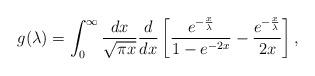
LaTeX: \begin{align*}g(\lambda)=\int_0^{\infty} \frac {dx} {\sqrt{\pi x}} \frac {d} {dx} \left[\frac {e^{-\frac {x} {\lambda}}} {1-e^{-2 x}}- \frac {e^{-\frac {x} {\lambda}}}{2 x}\right],\end{align*}